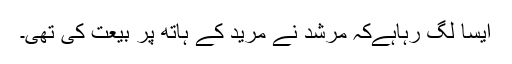
ایسا لگ رہاہےکہ مرشد نے مرید کے ہاتھ پر بیعت کی تھی۔